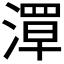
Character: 𬈪